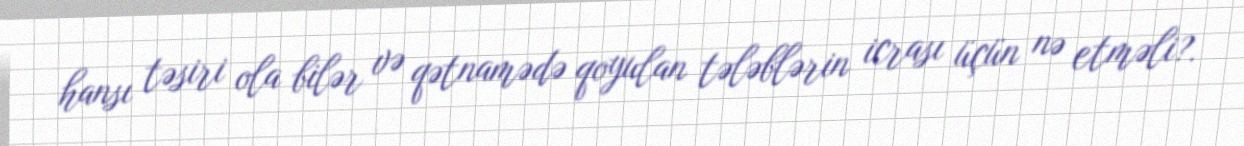
hansı təsiri ola bilər və qətnamədə qoyulan tələblərin icrası üçün nə etməli?.